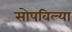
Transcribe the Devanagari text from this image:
सोपविल्या